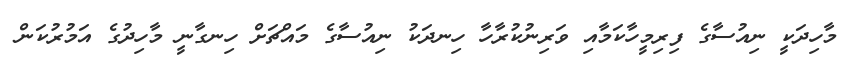
މާހިދަކީ ނިއުސާގެ ފިރިމީހާކަމާއި ވަރިނުކުރާހާ ހިނދަކު ނިއުސާގެ މައްޗަށް ހިނގާނީ މާހިދުގެ އަމުރުކަން